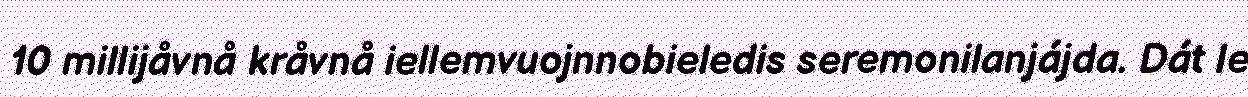
10 millijåvnå kråvnå iellemvuojnnobieledis seremonilanjájda. Dát le